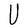
Character: U